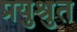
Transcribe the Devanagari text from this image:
प्रयुश्रुत